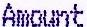
AMOUNT